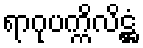
ရာဂုပက္ကိလိဋ္ဌံ